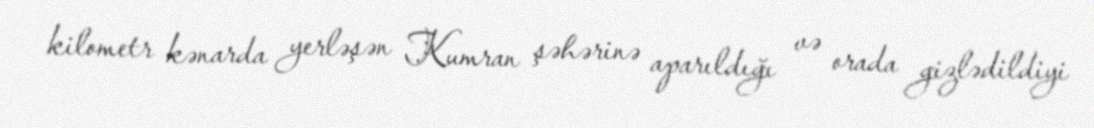
kilometr kənarda yerləşən Kumran şəhərinə aparıldığı və orada gizlədildiyi